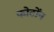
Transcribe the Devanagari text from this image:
फोटोंन